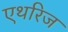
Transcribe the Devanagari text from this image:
एथरिज